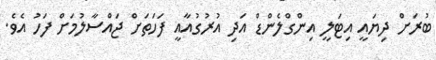
ބުރަށް ދިޔައީ އިޓަލީ އިންގްލެންޑް އަދި އުރުގުއާއީ ފަހަތަށް ޖައްސާލުމަށް ފަހު އެވެ.